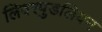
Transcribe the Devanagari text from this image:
लिवरपुडलियन